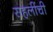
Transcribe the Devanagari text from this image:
सहलींची